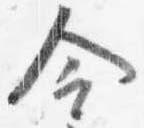
令